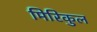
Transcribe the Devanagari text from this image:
मिरिकुल